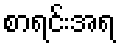
စာရင်းအရ